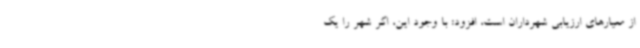
از معیارهای ارزیابی شهرداران است، افزود: با وجود این، اگر شهر را یک